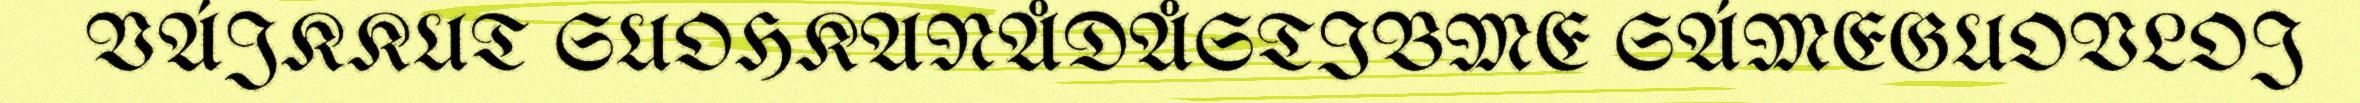
VÁJKKUT SUOHKANÅDÅSTIBME SÁMEGUOVLOJ